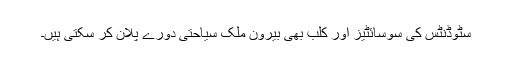
سٹوڈنٹس کی سوسائٹیز اور کلب بھی بیرون ملک سیاحتی دورے پلان کر سکتی ہیں۔